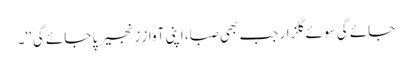
جائے گی سوئے گلزار جب بھی صبا، اپنی آوازِ زنجیر پا جائے گی‘‘۔